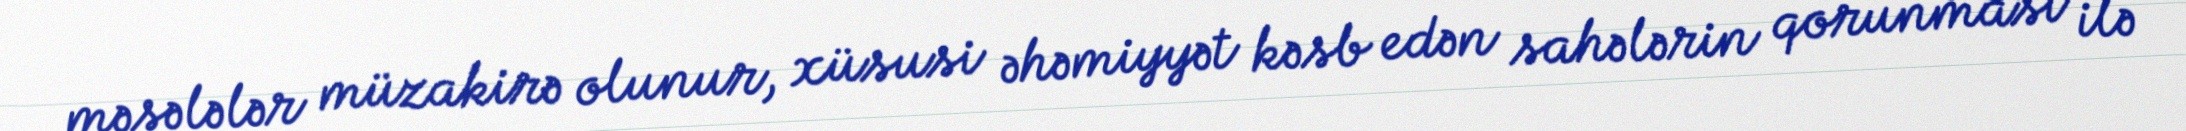
məsələlər müzakirə olunur, xüsusi əhəmiyyət kəsb edən sahələrin qorunması ilə